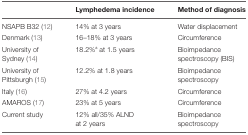
<table><thead><tr><td></td><td><b>Lymphedema incidence</b></td><td><b>Method of diagnosis</b></td></tr></thead><tbody><tr><td>NSAPB B32 (12)</td><td>14% at 3 years</td><td>Water displacement</td></tr><tr><td>Denmark (13)</td><td>16–18% at 3 years</td><td>Circumference</td></tr><tr><td>University of Sydney (14)</td><td>18.2%<sup>a</sup> at 1.5 years</td><td>Bioimpedance spectroscopy (BIS)</td></tr><tr><td>University of Pittsburgh (15)</td><td>12.2% at 1.8 years</td><td>Bioimpedance spectroscopy</td></tr><tr><td>Italy (16)</td><td>27% at 4.2 years</td><td>Circumference</td></tr><tr><td>AMAROS (17)</td><td>23% at 5 years</td><td>Circumference</td></tr><tr><td>Current study</td><td>12% all/35% ALND at 2 years</td><td>Bioimpedance spectroscopy</td></tr></tbody></table>